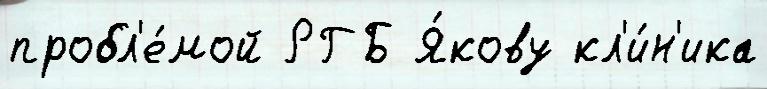
пробл'е́мой РГБ Я́кову кл'и́н'ика